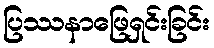
ပြဿနာဖြေရှင်းခြင်း